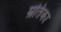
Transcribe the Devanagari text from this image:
म्रतिका